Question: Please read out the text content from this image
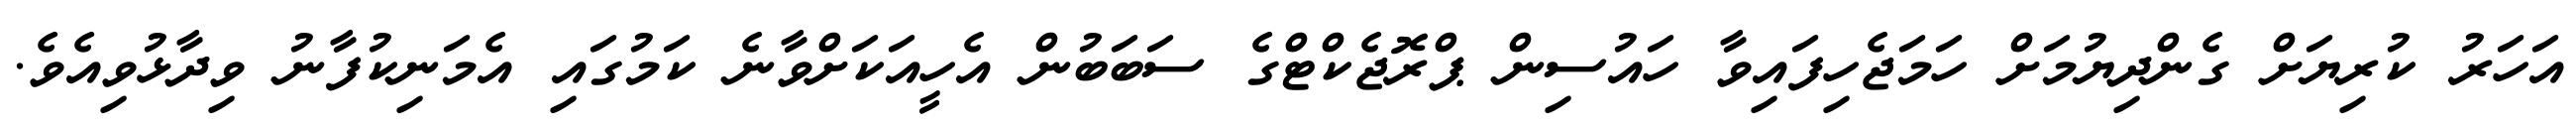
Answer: އަހަރު ކުރިޔަށް ގެންދިޔުމަށް ހަމަޖެހިފައިވާ ހައުސިން ޕްރޮޖެކްޓްގެ ސަބަބުން އެހީއަކަށްވާނެ ކަމުގައި އެމަނިކުފާނު ވިދާޅުވިއެވެ.